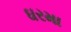
ઘરમા